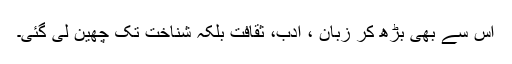
اس سے بھی بڑھ کر زبان ، ادب، ثقافت بلکہ شناخت تک چھین لی گئی۔